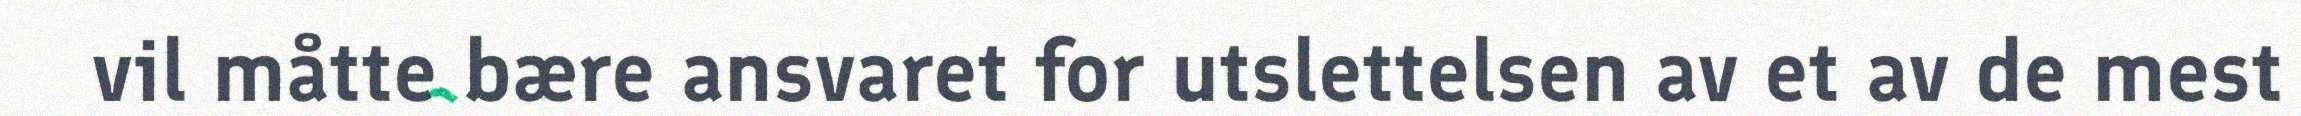
vil måtte bære ansvaret for utslettelsen av et av de mest